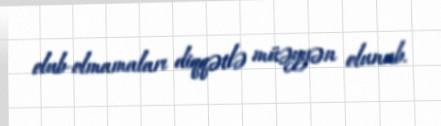
olub-olmamaları diqqətlə müəyyən olunub.